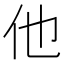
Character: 他